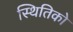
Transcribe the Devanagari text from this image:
स्थितिको